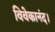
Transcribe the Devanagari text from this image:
विवेकानंद।